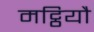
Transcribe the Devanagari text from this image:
मट्ठियौ